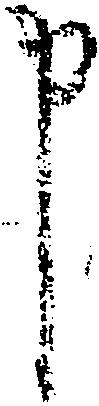
申